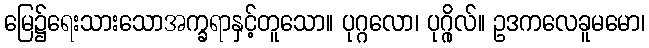
မြေ၌ရေးသားသောအက္ခရာနှင့်တူသော။ ပုဂ္ဂလော၊ ပုဂ္ဂိုလ်။ ဥဒကလေခူမမော၊